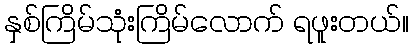
နှစ်ကြိမ်သုံးကြိမ်လောက် ရဖူးတယ်။